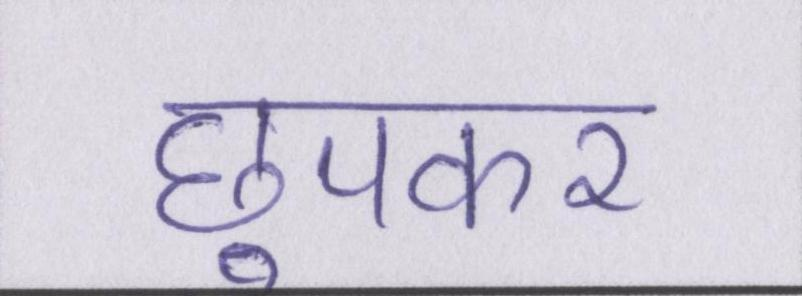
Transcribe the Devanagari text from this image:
छुपकर